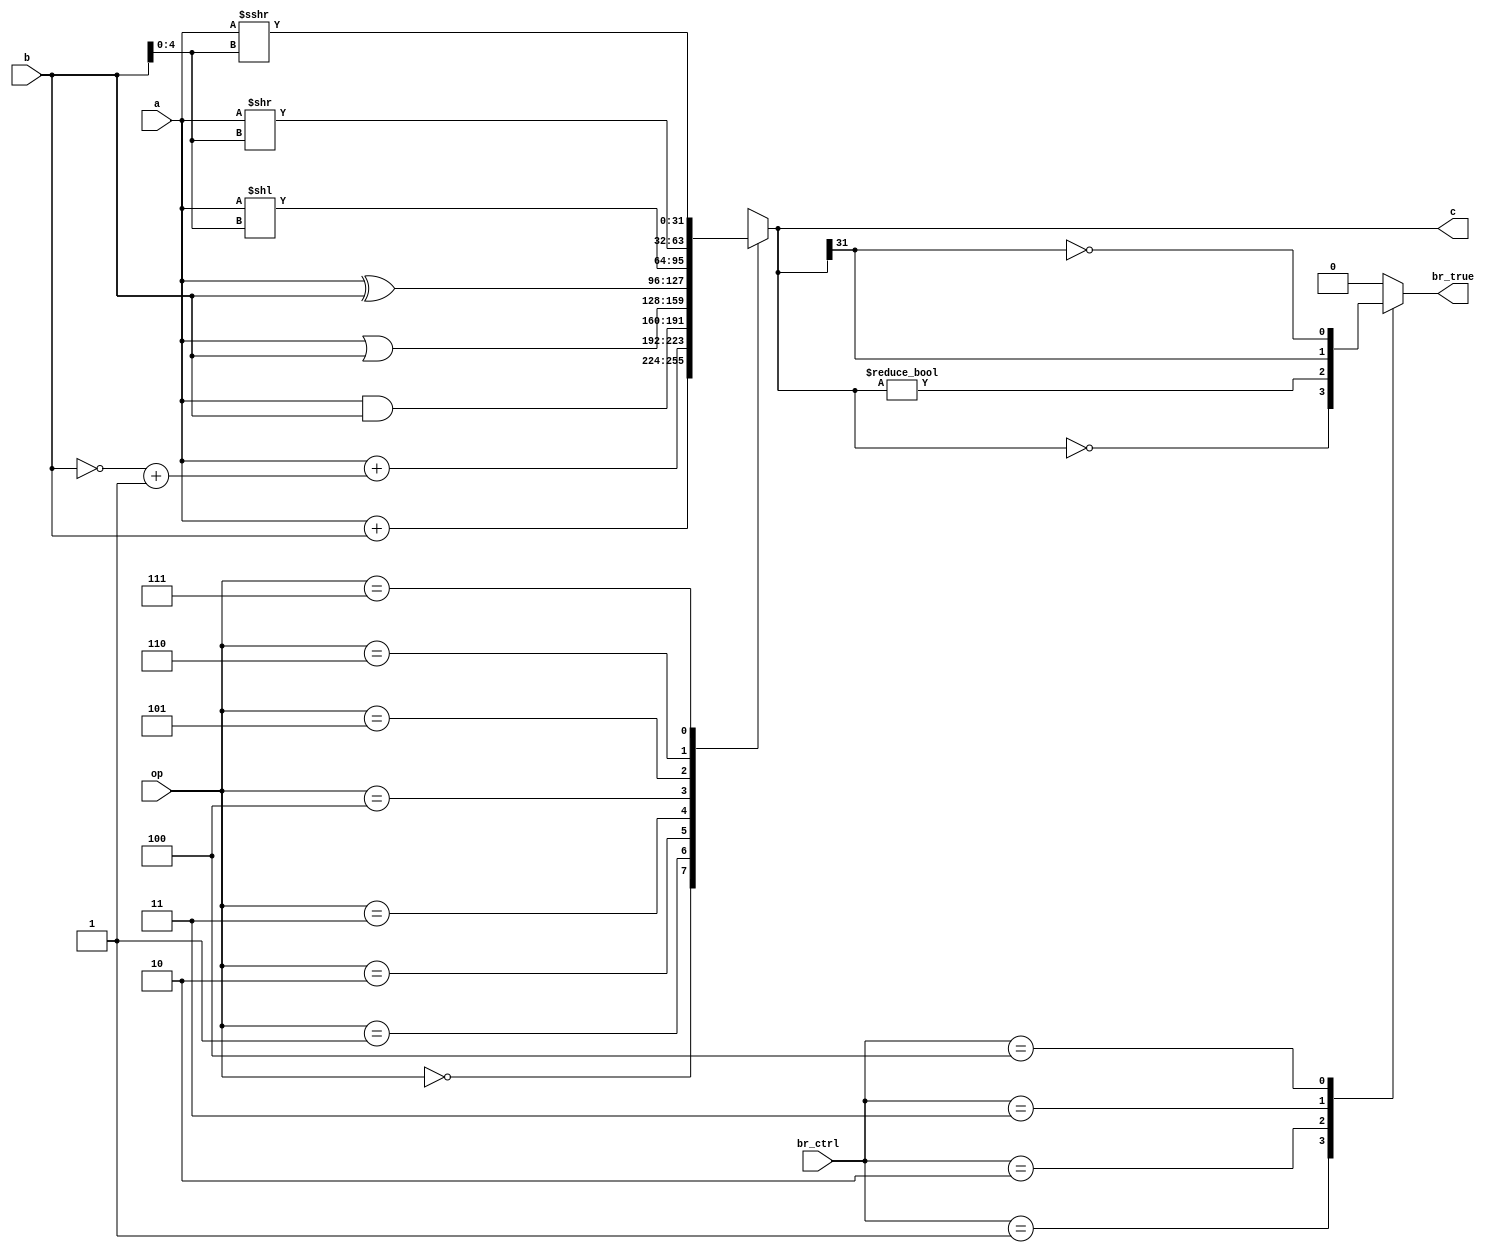
module ALU(
    input wire[31:0]a,
    input wire[31:0]b,
    input wire[2:0]op,       // cu.alu_op
    input wire[2:0]br_ctrl,  // cu.br_ctrl
    output wire br_true,     // to set cu.br_true
    output wire[31:0]c
    );
    
    assign c = decoder(a, b, op);                           // op decoder
    function [31:0]decoder(input [31:0]a, input [31:0]b, input [2:0]op);
    begin
        case(op)
            3'd0:       decoder = a + b;                    // add
            3'd1:       decoder = a + ((~b) + 32'b1);       // sub
            3'd2:       decoder = a & b;                    // and
            3'd3:       decoder = a | b;                    // or
            3'd4:       decoder = a ^ b;                    // xor
            3'd5:       decoder = a << b[4:0];              // sll
            3'd6:       decoder = a >> b[4:0];              // srl
            3'd7:       decoder = ($signed(a)) >>> b[4:0];  // sra
            default:    decoder = 32'b0;
        endcase
    end
    endfunction
    
    assign br_true = branch(br_ctrl, c);     // branch control
    function branch(input [2:0]br_ctrl, input [31:0]c);
    begin
        case(br_ctrl)
            3'd0:       branch = 1'b0;          // no branch
            3'd1:       branch = (c == 32'b0);  // beq
            3'd2:       branch = (c != 32'b0);  // bne
            3'd3:       branch = c[31];         // blt
            3'd4:       branch = ~c[31];        // bge
            default:    branch = 1'b0;
        endcase
    end
    endfunction
               
endmodule